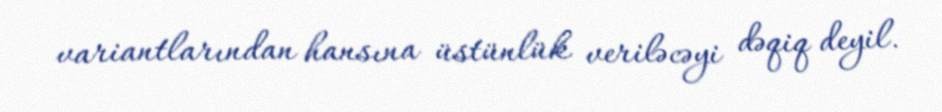
variantlarından hansına üstünlük veriləcəyi dəqiq deyil.